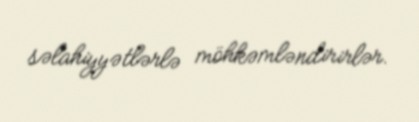
səlahiyyətlərlə möhkəmləndirirlər.